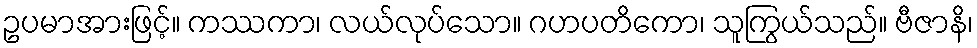
ဥပမာအားဖြင့်။ ကဿကာ၊ လယ်လုပ်သော။ ဂဟပတိကော၊ သူကြွယ်သည်။ ဗီဇာနိ၊